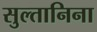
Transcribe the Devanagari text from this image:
सुल्तानिना